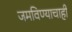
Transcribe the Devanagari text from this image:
जमविण्याचाही